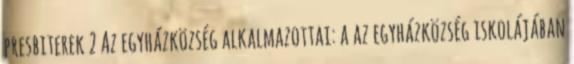
presbiterek 2 Az egyházközség alkalmazottai: a az egyházközség iskolájában